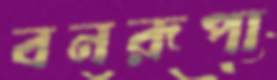
বনরূপা